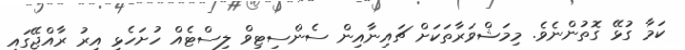
ކަމާ ގުޅޭ ގޮތުންނެވެ. މިމަޝްވަރާތަކަށް ޗައިނާއިން ސެންސިޓިވް ލިސްޓެއް ހުށަހެޅި އިރު ރާއްޖޭގައި